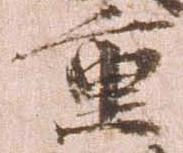
重